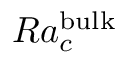
R a _ { c } ^ { \mathrm { \tiny { b u l k } } }